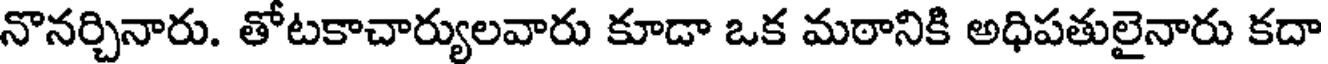
నొనర్చినారు. తోటకాచార్యులవారు కూడా ఒక మఠానికి అధిపతులైనారు కదా